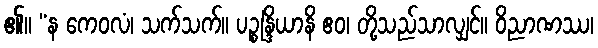
၏။ “န ကေဝလံ၊ သက်သက်။ ပဉ္စန္ဒြိယာနိ ဧဝ၊ တို့သည်သာလျှင်။ ဝိညာဏဿ၊